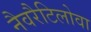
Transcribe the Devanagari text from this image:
नैवरैटिलोवा